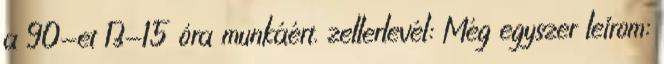
a 90-et 13-15 óra munkáért. zellerlevél: Még egyszer leírom: